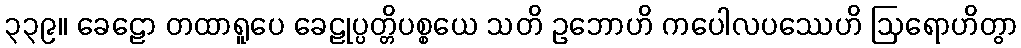
၃၃၉။ ခေဠော တထာရူပေ ခေဠုပ္ပတ္တိပစ္စယေ သတိ ဥဘောဟိ ကပေါလပဿေဟိ ဩရောဟိတွာ